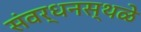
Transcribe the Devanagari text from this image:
संवर्धनस्थळे